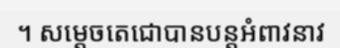
។ សម្តេចតេជោបានបន្តអំពាវនាវ